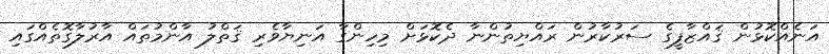
އަނެއްކޮޅުން ޤައްޒާފީގެ ސަރުކާރުން ރައްޔިތުންނާ ދެކޮޅަށް މިހިންގާ އަނިޔާވެރި ޤަތްލު އާންމުތައް އާރުލާގޮތެއްގައި